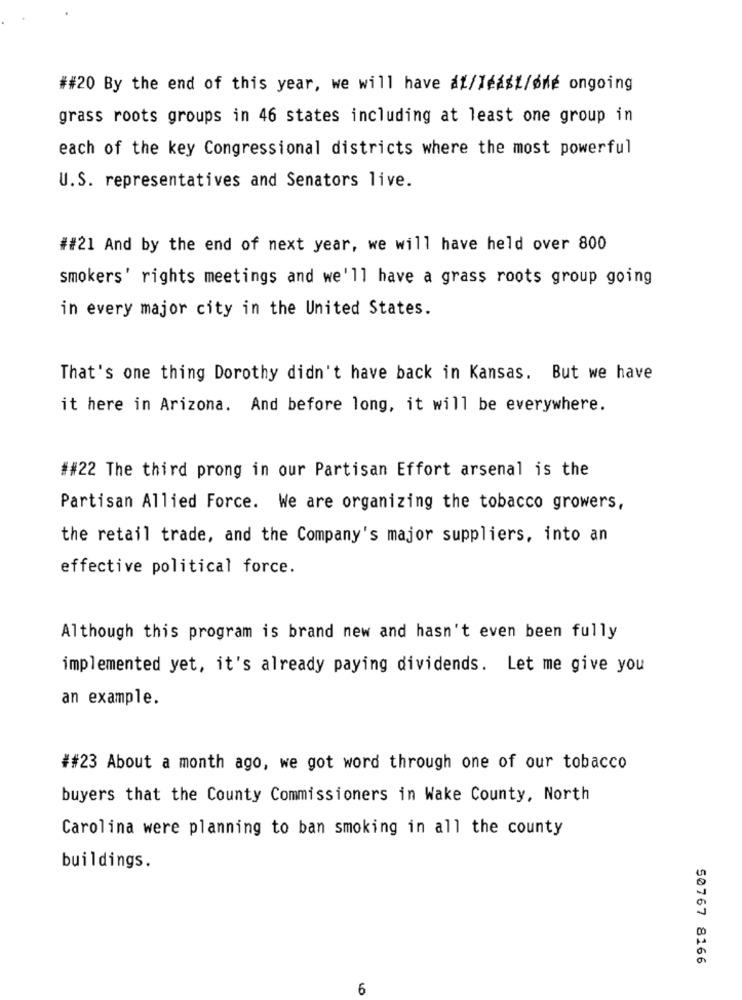
##20 By the end of this year, we will have di/least/øde ongoing
grass roots groups in 46 states including at least one group in
each of the key Congressional districts where the most powerful
U.S. representatives and Senators live.
##21 And by the end of next year, we will have held over 800
smokers' rights meetings and we'll have a grass roots group going
in every major city in the United States.
That's one thing Dorothy didn't have back in Kansas. But we have
it here in Arizona. And before long, it will be everywhere.
##22 The third prong in our Partisan Effort arsenal is the
Partisan Allied Force. We are organizing the tobacco growers,
the retail trade, and the Company's major suppliers, into an
effective political force.
Although this program is brand new and hasn't even been fully
implemented yet, it's already paying dividends. Let me give you
an example.
##23 About a month ago, we got word through one of our tobacco
buyers that the County Commissioners in Wake County, North
Carolina were planning to ban smoking in all the county
buildings.
50767 8166
6